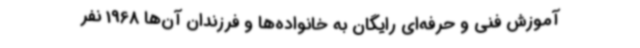
آموزش فنی و حرفه‌ای رایگان به خانواده‌ها و فرزندان آن‌ها 1968 نفر